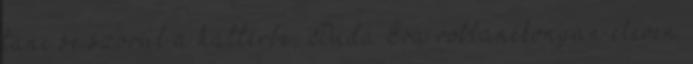
tánc se szorul a háttérbe, Duda Éva robbanékonyan eleven